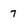
Character: 7